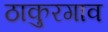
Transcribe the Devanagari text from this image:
ठाकुरगाव